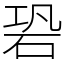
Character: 䂬